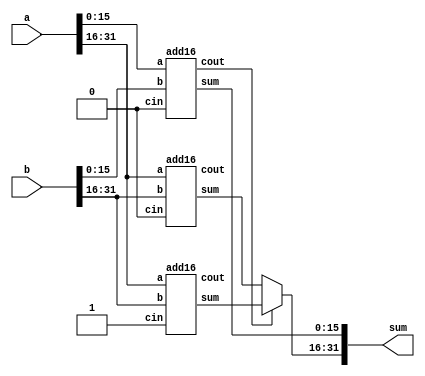
module top_module (
    input  wire [31:0] a,
    input  wire [31:0] b,
    output wire [31:0] sum
);
    wire [ 2:0] cin;
    wire [ 2:0] cout;
    wire [15:0] sum_low;
    wire [15:0] sum_high;
    wire [31:0] sum_high_2;

    assign cin = 3'b100;
    assign sum_high = (cout[0] == 1) ? sum_high_2[31:16] : sum_high_2[15:0];
    assign sum = {sum_high, sum_low};

    add16 inst_0 (
        .a       (a[15:0]      ),
        .b       (b[15:0]      ),
        .cin     (cin[0]       ),
        .cout    (cout[0]      ),
        .sum     (sum_low[15:0])
    );
    add16 inst_1 (
        .a       (a[31:16]        ),
        .b       (b[31:16]        ),
        .cin     (cin[1]          ),
        .cout    (cout[1]         ),
        .sum     (sum_high_2[15:0])
    );
    add16 inst_2 (
        .a       (a[31:16]         ),
        .b       (b[31:16]         ),
        .cin     (cin[2]           ),
        .cout    (cout[2]          ),
        .sum     (sum_high_2[31:16])
    );
endmodule

module add16 (
    input  [15:0] a,
    input  [15:0] b,
    input         cin,
    output [15:0] sum,
    output        cout
);
    assign {cout, sum} = a + b + cin;
endmodule